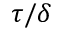
\tau / \delta